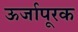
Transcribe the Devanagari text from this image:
ऊर्जापूरक